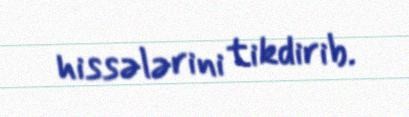
hissələrini tikdirib.